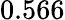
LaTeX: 0.566